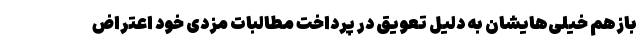
بازهم خیلی‌هایشان به دلیلِ تعویق در پرداختِ مطالباتِ مزدیِ خود اعتراض